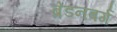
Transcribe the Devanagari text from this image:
ब्रेडनबर्ग